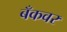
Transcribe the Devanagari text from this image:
बँकवर